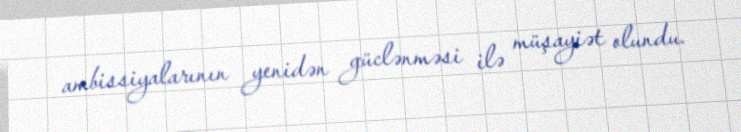
ambissiyalarının yenidən güclənməsi ilə müşayiət olundu.